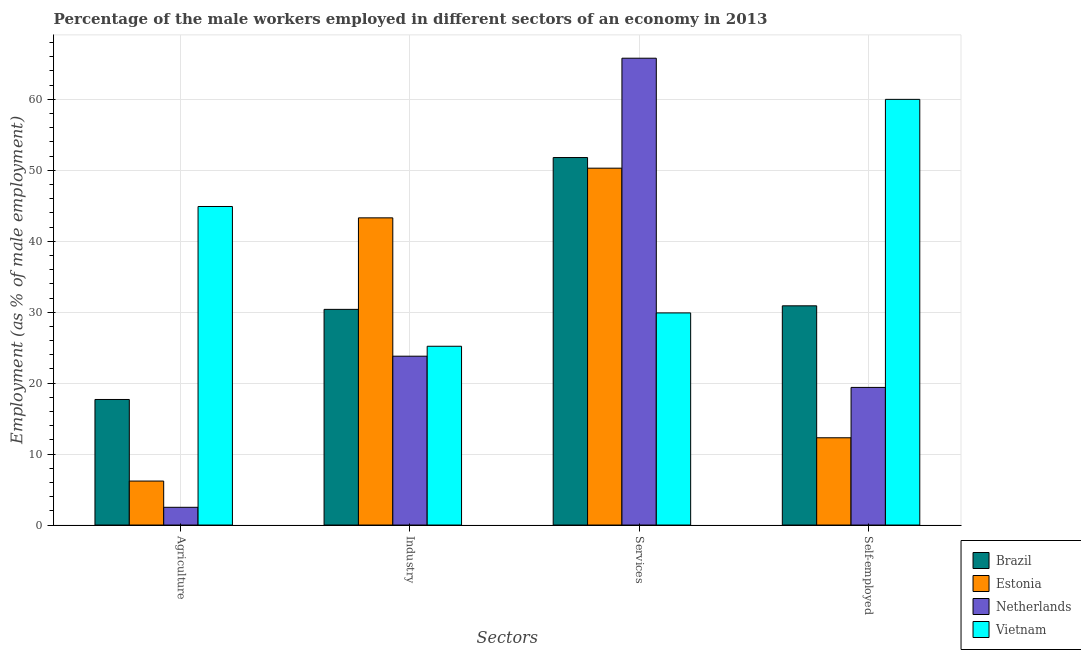
| Sectors | Brazil | Estonia | Netherlands | Vietnam |
 | --- | --- | --- | --- | --- |
 | Agriculture | 17.7 | 6.2 | 2.5 | 44.9 |
 | Industry | 30.4 | 43.3 | 23.8 | 25.2 |
 | Services | 51.8 | 50.3 | 65.8 | 29.9 |
 | Self-employed | 30.9 | 12.3 | 19.4 | 60 |